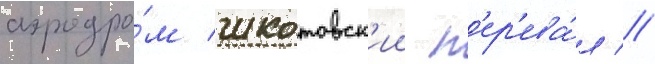
аэродро́м шкотовск'ии п'ер'ева́л //